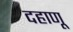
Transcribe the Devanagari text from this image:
दहाणू